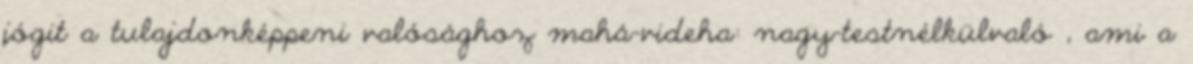
jógit a tulajdonképpeni valósághoz mahá-videha: nagy-testnélkülvaló , ami a